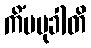
ကိံပမုခါတိ